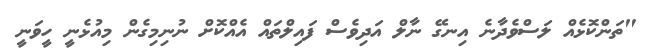
"ތަންކޮޅެއް ލަސްވެދާނެ އިނގޭ ނާލް އަދިވެސް ފައިލްތައް އެއްކޮށް ނުނިމިގެން މިއުޅެނީ ހީވަނީ